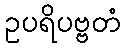
ဥပရိပဗ္ဗတံ